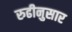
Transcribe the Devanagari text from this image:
रुढीनुसार